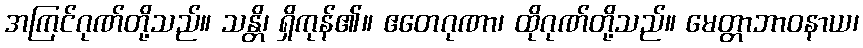
အကြင်ဂုဏ်တို့သည်။ သန္တိ၊ ရှိကုန်၏။ ဧတေဂုဏာ၊ ထိုဂုဏ်တို့သည်။ မေတ္တာဘာဝနာယ၊